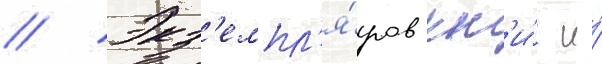
// Экз'емпл'я́ров кн'и́г и́